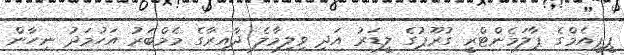
ޕީޕީއެމްގެ ޕާލަމެންޓްރީ ގުރޫޕުގެ ލީޑަރު އަދި ވިލިމާލެ ދާއިރާގެ މެމްބަރު އަހުމަދު ނިހާން